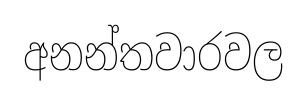
අනන්තවාරවල